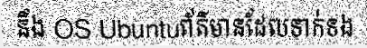
នឹង OS Ubuntuព័ត៌មានដែលទាក់ទង